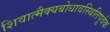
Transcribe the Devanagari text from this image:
शिवात्मैक्यबोधावस्थितिपूर्वक